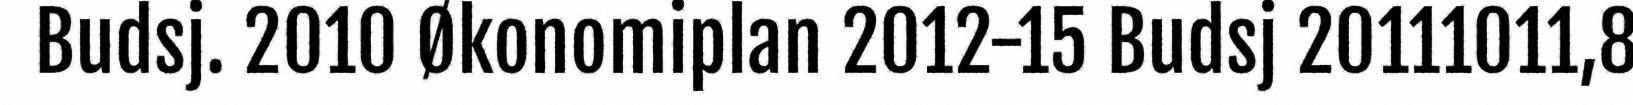
Budsj. 2010 Økonomiplan 2012-15 Budsj 20111011,8